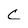
Character: C